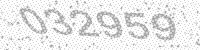
Solution: 032959